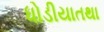
ધોડીયાતથા